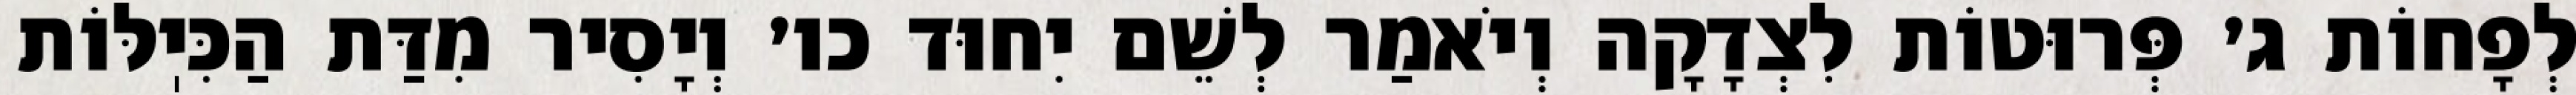
לְפָחוֹת ג׳ פְּרוּטוֹת לִצְדָקָה וְיֹאמַר לְשֵׁם יִחוּד כו׳ וְיָסִיר מִדַּת הַכִּיֽלּוֹת